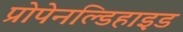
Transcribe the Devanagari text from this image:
प्रोपेनल्डिहाइड